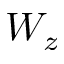
W _ { z }